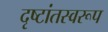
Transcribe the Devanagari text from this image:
दृष्टांतस्वरूप